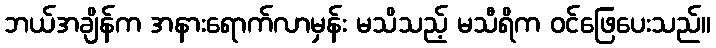
ဘယ်အချိန်က အနားရောက်လာမှန်း မသိသည့် မသီရိက ဝင်ဖြေပေးသည်။